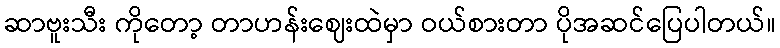
ဆာဗူးသီး ကိုတော့ တာဟန်းဈေးထဲမှာ ဝယ်စားတာ ပိုအဆင်ပြေပါတယ်။